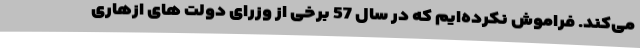
می‌کند. فراموش نکرده‌ایم که در سال 57 برخی از وزرای دولت ‌های ازهاری